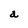
Character: a